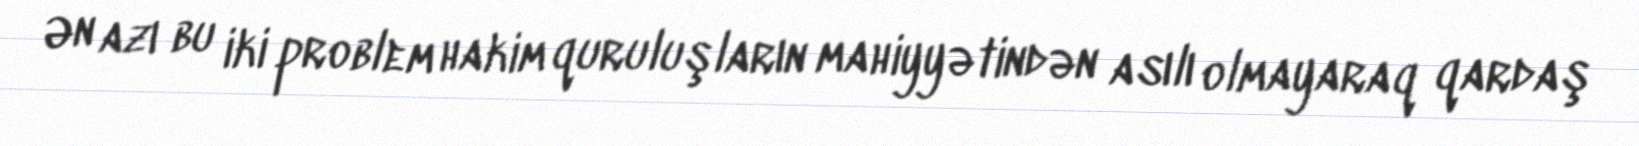
Ən azı bu iki problem hakim quruluşların mahiyyətindən asılı olmayaraq qardaş